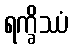
ရက္ခိဿံ